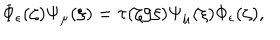
\Phi _ { \epsilon } ( \zeta ) \Psi _ { \mu } ( \xi ) = \tau ( \zeta / \xi ) \Psi _ { \mu } ( \xi ) \Phi _ { \epsilon } ( \zeta ) ,